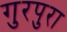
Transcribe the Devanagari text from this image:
गुरपुरा